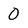
Character: 0